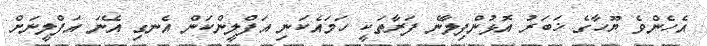
އެހެންވެ ޔޫހާގެ ޚަބަރު އޮޅުންފިލާނެ ފަރާތަކީ ހަމައެކަނި އަފްލީންކަން އެނގި އޭނަ އަފްލީނަށް